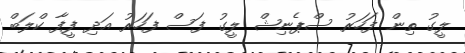
ލީގު ތިން ފަހަރު ސްޕެނިޝް ލީގު ފަސް ފަހަރު އަދި ފީފާ ކްލަބް